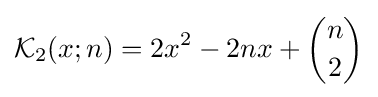
{\mathcal {K}}_{2}(x;n)=2x^{2}-2nx+{\binom {n}{2}}